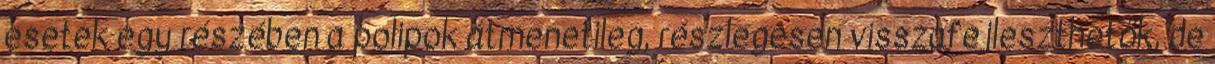
esetek egy részében a polipok átmenetileg, részlegesen visszafejleszthetők, de